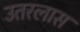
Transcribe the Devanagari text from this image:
उतरलास